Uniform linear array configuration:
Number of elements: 16
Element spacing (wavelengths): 0.5
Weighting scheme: kaiser
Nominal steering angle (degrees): -60
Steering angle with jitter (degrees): -60.307
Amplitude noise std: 0.05
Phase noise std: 0.05

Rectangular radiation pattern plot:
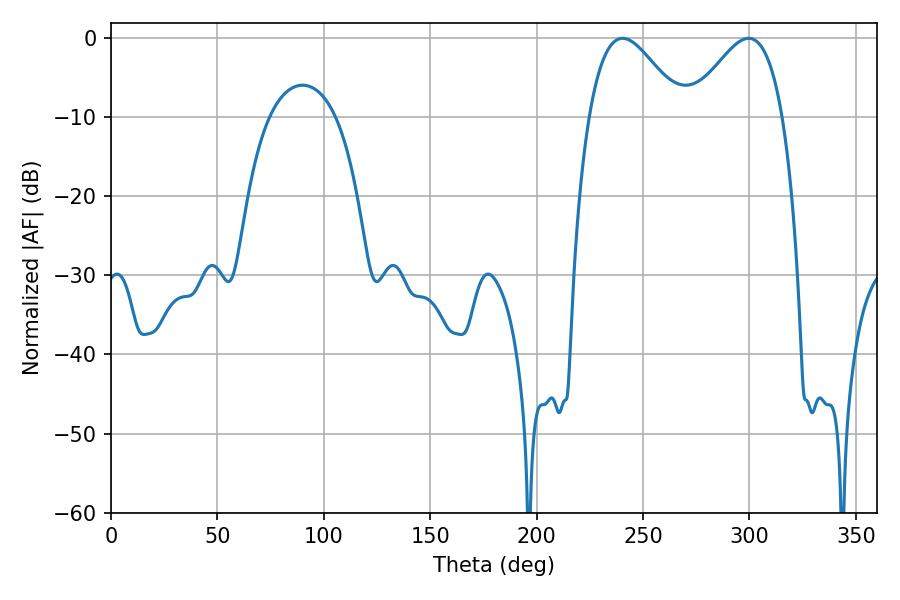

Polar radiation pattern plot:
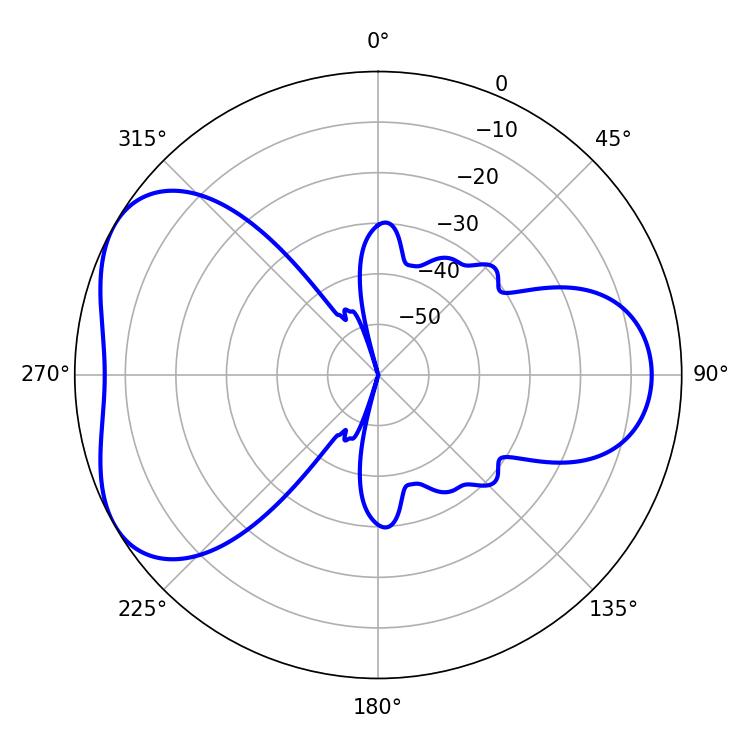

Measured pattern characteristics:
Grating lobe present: FALSE
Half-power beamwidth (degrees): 23.4
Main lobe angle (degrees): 240.3